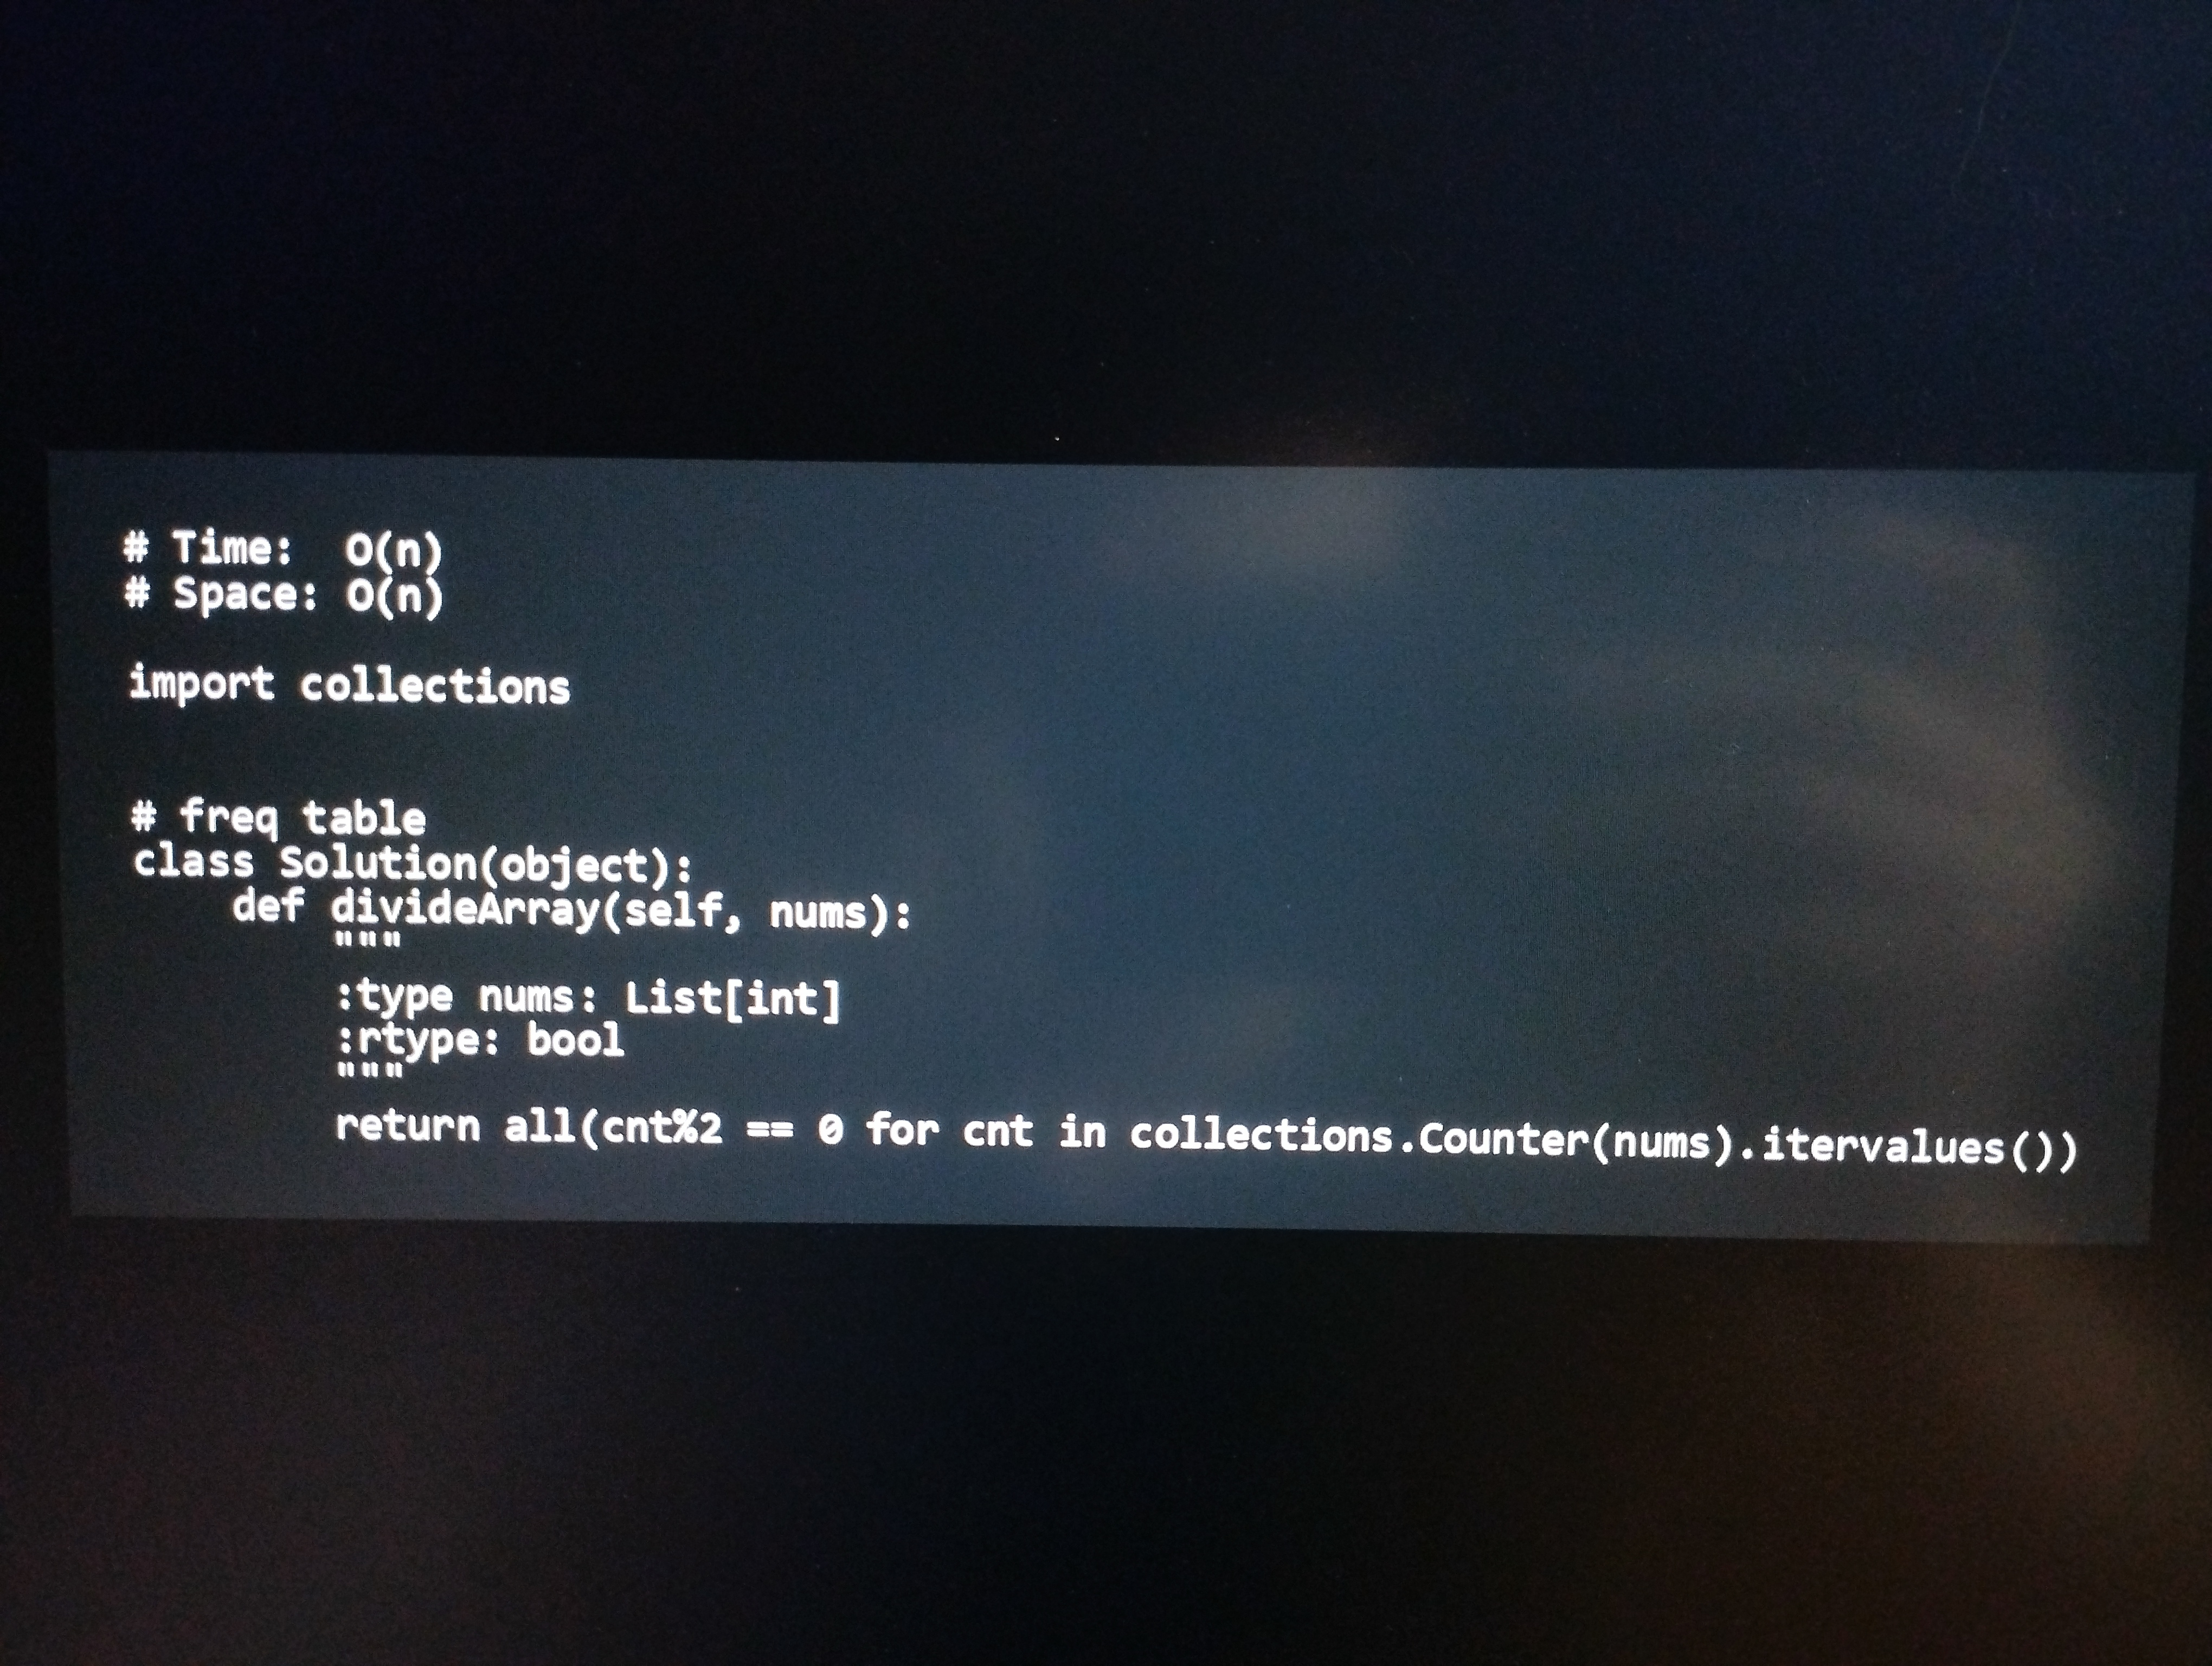
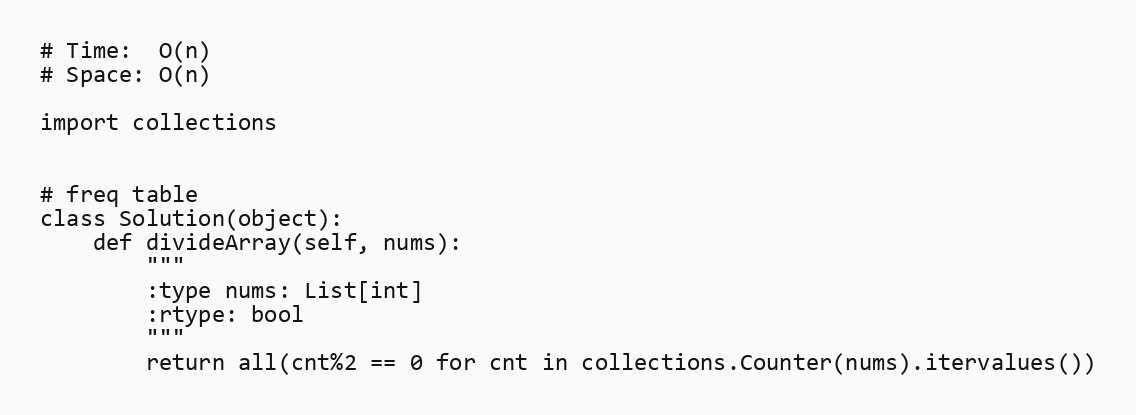
# Time:  O(n)
# Space: O(n)

import collections

# freq table
class Solution(object):
    def divideArray(self, nums):
        """
        :type nums: List[int]
        :rtype: bool
        """
        return all(cnt%2 == 0 for cnt in collections.Counter(nums).itervalues())